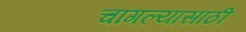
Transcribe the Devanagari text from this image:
चांगल्यासाठी